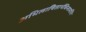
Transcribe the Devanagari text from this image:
अभिलाषितार्थचिन्तामणि